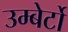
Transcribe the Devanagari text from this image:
उम्बेर्टो